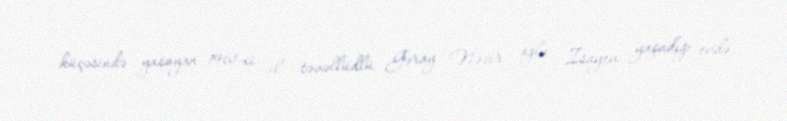
küçəsində yaşayan 1961-ci il təvəllüdlü Gəray Nəzir oğlu İsayev yaşadığı evdə